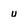
Character: u